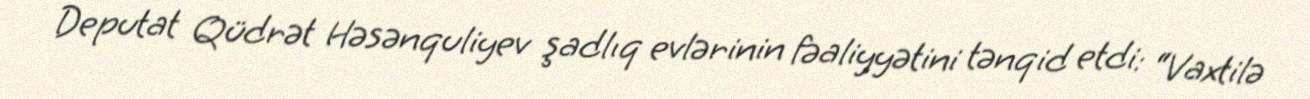
Deputat Qüdrət Həsənquliyev şadlıq evlərinin fəaliyyətini tənqid etdi: “Vaxtilə